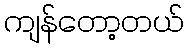
ကျန်တော့တယ်